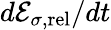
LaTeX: d{\cal E}_{\sigma,\mathrm{rel}}/dt